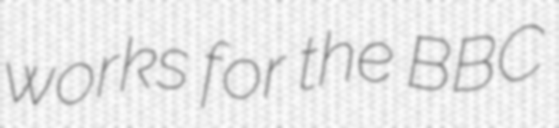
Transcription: works for the BBC